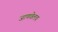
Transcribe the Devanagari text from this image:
जाणवेलच